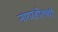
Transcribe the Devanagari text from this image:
नागरहोलची